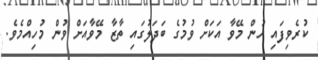
ކުރެވިފައި ހުން މޭވާ އަކަށް ވުމުގެ ބަދަލުގައި ތާޒާ މޭވާއަށް ވުން މުހިއްމެވެ.